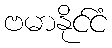
ဗမာနိုင်ငံ